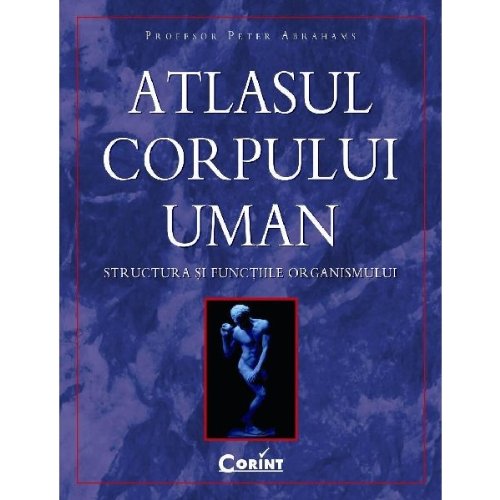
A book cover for Atlasul corpului uman (Romanian Edition); Peter Abrahams; Travel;